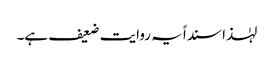
لہٰذا سنداً یہ روایت ضعیف ہے۔